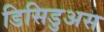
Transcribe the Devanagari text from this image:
डिसिडुअस